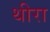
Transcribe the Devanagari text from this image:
थीरा